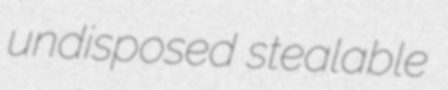
undisposed stealable